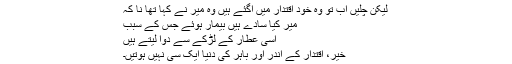
لیکن چلیں اب تو وہ خود اقتدار میں آگئے ہیں وہ میر نے کہا تھا نا کہ
میرؔ کیا سادے ہیں بیمار ہوئے جس کے سبب
اسی عطار کے لڑکے سے دوا لیتے ہیں
خیر، اقتدار کے اندر اور باہر کی دنیا ایک سی نہیں ہوتیں۔